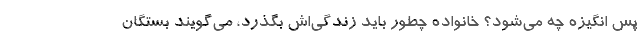
پس انگیزه چه می‌شود؟ خانواده چطور باید زندگی‌اش بگذرد، می‌گویند بستگان